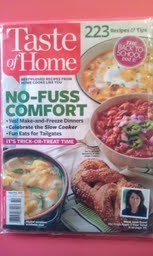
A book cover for Taste of Home Magazine - Sept/Oct 2013 - No-Fuss Comfort; Various; Cookbooks, Food & Wine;